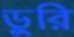
ডুরি